Vaccination United Provinces of Agra and Oudh 1914-1922 - 1914-1922
Year: 1914
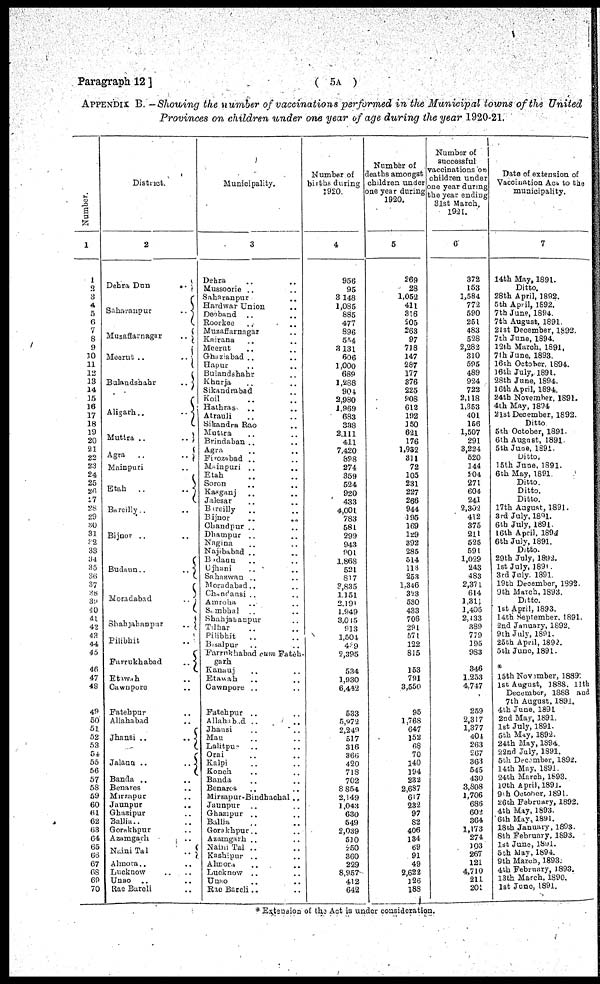
Paragraph 12 ]
( 5A )
APPENDIX B. -Showing the number of vaccinations performed in the Municipal towns of the United
Provinces on children under one year of age during the year 1920-21.
Number.
1
1
2
3
4
5
6
7
8
9
10
11
12
13
14
15
10
17
18
19
20
21
22
23
24
25
26
27
28
29
30
31
32
33
34
35
36
37
38
39
40
41
42
43
44
45
46
47
48
49
50
51
52
53
54
55
56
57
57
59
60
61
62
63
64
65
66
67
68
69
70
District.
2
Dehra Dun
..
Saharanpur
..
Muzaffarnagar
..
Meerut ..
...
Bulandshahr
..
Aligarh..
..
Muttra ..
..
Agra
..
..
Mainpuri ..
Etah
..
..
Bareilly .. ..
Bijnor
..
Budaun ..
..
Moradabad
..
Shahjahanpur
..
Pilibhit ..
Farrukhabad
..
Ettwah ..
Cawnpore ..
Fatehpur ..
Allahabad ..
Jhansi ..
..
Jalaun ..
..
Banda .. ..
Benares ..
Mirzapur ..
Jaunpur ..
Ghasipur ..
Ballia .. ..
Gorakhpur ..
Azamgarh ..
Naini Tal
..
Almora .. ..
Lucknow .. ..
Unao .. ..
Rae Bareli ..
Municipality.
3
Dehra .. ..
Mussoorie .. ..
Saharanpur ..
Hardwar Union ..
Deoband .. ..
Roorkee .. ..
Muzaffarnagar ..
Kairana .. ..
Meerut .. ..
Ghaziabad .. ..
Hapur .. ..
Bulandshahr .. ..
Khurja .. ..
Sikandrabad ..
Koil .. ..
Hathras .. ..
Atrauli .. ..
Sikandra Rao ..
Muttra .. ..
Brindaban .. ..
Agra .. ..
Firozabad .. ..
Mainpuri .. ..
Etah .. ..
Soron .. ..
Kasganj .. ..
Jalesar .. ..
Bareilly
.. ..
Bijnor .. ..
Chandpur .. ..
Dhampur .. ..
Nagina .. ..
Najababad .. ..
Budaun .. ..
Ujhani
..
..
Sahaswan .. ..
Moradabad .. ..
Chandansi .. ..
Amoraha .. ..
Sambhal
..
..
Shahjahanpur .. ..
Tilhar .. ..
Pihbhit .. ..
Bisalpur ..
Farrukhabad cum Fateh-
garh
Kanauj .. ..
Etawah .. ..
Cawnpore .. ..
Fatehpur .. ..
Allahabad ..
..
Jhansi .. ..
Mau .. ..
Lalitpur
.. ..
Orai .. ..
Kalpi .. ..
Konch .. ..
Banda .. ..
Benares
.. ..
Mirzapur-Bindhachal ..
Jaunpur .. ..
Ghazipur
.. ..
Ballia .. ..
Gorakhpur .. ..
Azamgarh .. ..
Nani Tal .. ..
Kashipur
.. ..
Almora .. ..
Lucknow
.. ..
Unao .. ..
Rae Bareli .. ..
Number of
births during
1920.
4
956
95
3,148
1,085
885
477
896
554
3,131
606
1,000
689
1,288
904
2,980
1,969
683
388
2,111
411
7,420
898
274
359
524
920
433
4,001
783
581
299
943
801
1,868
521
817
8,835
1,151
2,191
1,949
3,015
913
1,501
4 9
2,395
534
1,930
6,442
533
5,972
2,249
517
316
866
420
713
702
8,854
2,149
1,043
630
549
2,039
510
250
360
229
8,957
412
642
Number of
deaths amongst
children under
one year during
1920.
5
269
28
1,052
411
316
205
263
97
718
147
287
177
376
226
808
612
192
150
621
176
1,932
311
72
105
231
227
266
944
195
169
129
392
285
514
118
253
1,346
323
530
433
708
291
571
122
815
153
791
3,550
95
1,768
647
152
68
70
140
194
232
2,637
617
232
97
82
406
134
69
91
49
2,622
126
188
Number of
successful
vaccinations on
children under
one year during
the year ending
31st March.
1921.
6
372
153
1,584
772
590
251
483
528
2,282
310
595
489
924
723
2,118
1,353
401
166
1,307
291
3,224
520
144
204
271
604
241
2,302
412
375
211
525
591
1,059
243
483
2,37 1
614
1,311
1,408
2,133
380
779
195
983
346
1,233
4,747
259
2,317
1,377
404
263
267
363
545
430
3,308
1,706
686
602
364
1,173
274
103
267
121
4,710
211
201
Date of extension of
Vaccination Act to the
municipality.
7
14th May, 1891.
Ditto.
28th April, 1892.
5th April, 1692.
7th June, 1894.
7th August. 1891
21st December, 1892
7th June. 1894.
12th March. 1891,
7th June. 1893.
16th October. 1894.
16th July, 1891.
28th June. 1894.
16th April, 1894.
24th November. 1891.
4th May, 1894
21st December, 1893.
Ditto
5th October, 1891
6th August, 1891
5th June. 1891
Ditto.
15th June. 1891.
6th May, 1891
Ditto.
Ditto.
Ditto.
17th August, 1891.
3rd July. 1891.
6th July, 1691
16th April. 1894.
6th July, 1891.
Ditto.
29th July, 1892.
1st July, 1891
3rd July 1891.
19th December, 1892
9th Match. 1893.
Ditto.
1st April, 1893.
14th September. 1891.
2nd January, 1892.
9th July. 1891.
25th April, 1892.
5th June, 1891.
15th November, 1889.
1st August, 1888. 11th
December, 1883 and
7th August. 1891.
4th June. 1891
2nd May, 1891
1st July, 1891.
5th May, 1892.
24th May, 1394
22nd July. 1891.
5th December. 1892.
14th May. 1891.
24th March, 1893.
10th April, 1891.
9th October. 1891.
26th February, 1892.
4th May, 1893.
6th May, 1891.
18th January, 1893.
8th February, 1893.
1st June, 189l.
5th May. 1894.
9th March, 1893.
4th February, 1893.
13th March. 1890.
1st June, 1891.
* Extension of the Act is under consideration.